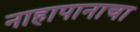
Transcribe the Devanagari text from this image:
नाहापानाचा